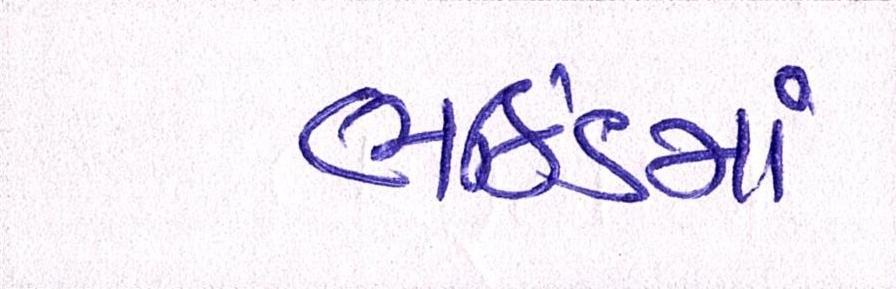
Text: ભઠિંડમાં